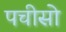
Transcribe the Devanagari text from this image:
पचीसो